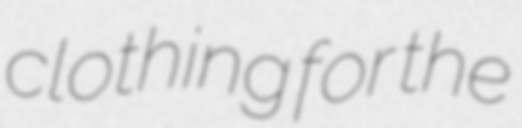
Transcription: clothing for the